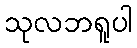
သုလဘရူပါ